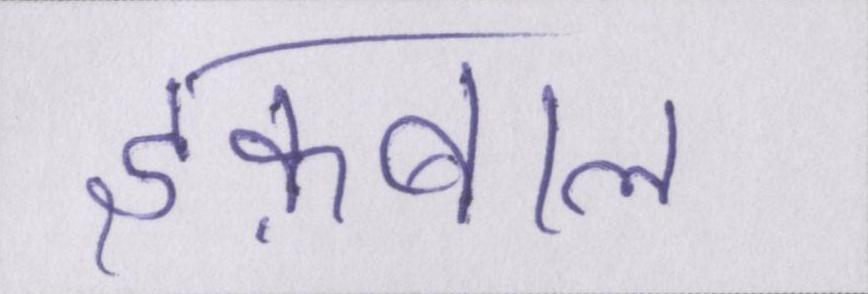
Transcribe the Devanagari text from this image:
इक़बाल